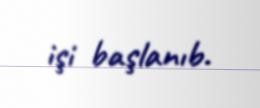
işi başlanıb.